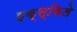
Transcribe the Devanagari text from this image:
इक्स्किले